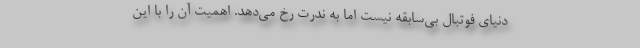
دنیای فوتبال بی‌سابقه نیست اما به ندرت رخ می‌دهد. اهمیت آن را با این